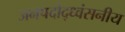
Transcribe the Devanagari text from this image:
जनपदोद्ध्वंसनीय